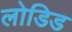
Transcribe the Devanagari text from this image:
लोडिड